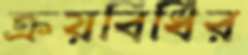
ক্রয়বিধির